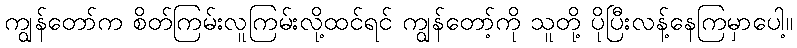
ကျွန်တော်က စိတ်ကြမ်းလူကြမ်းလို့ထင်ရင် ကျွန်တော့်ကို သူတို့ ပိုပြီးလန့်နေကြမှာပေါ့။